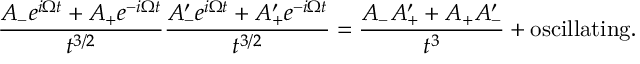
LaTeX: \frac { A _ { - } e ^ { i \Omega t } + A _ { + } e ^ { - i \Omega t } } { t ^ { 3 / 2 } } \frac { A _ { - } ^ { \prime } e ^ { i \Omega t } + A _ { + } ^ { \prime } e ^ { - i \Omega t } } { t ^ { 3 / 2 } } = \frac { A _ { - } A _ { + } ^ { \prime } + A _ { + } A _ { - } ^ { \prime } } { t ^ { 3 } } + \mathrm { o s c i l l a t i n g } .